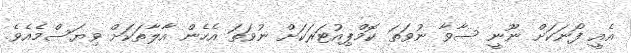
އެއީ ފޯނަކަށް ނޫނީ ސާވާ ނުވަތަ ކޮމްޕިއުޓަރަކަށް ނުވަތަ އެހެން އާލާތަކަށް ވިޔަސްމެއެވެ.